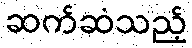
ဆက်ဆံသည့်